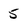
Character: 5